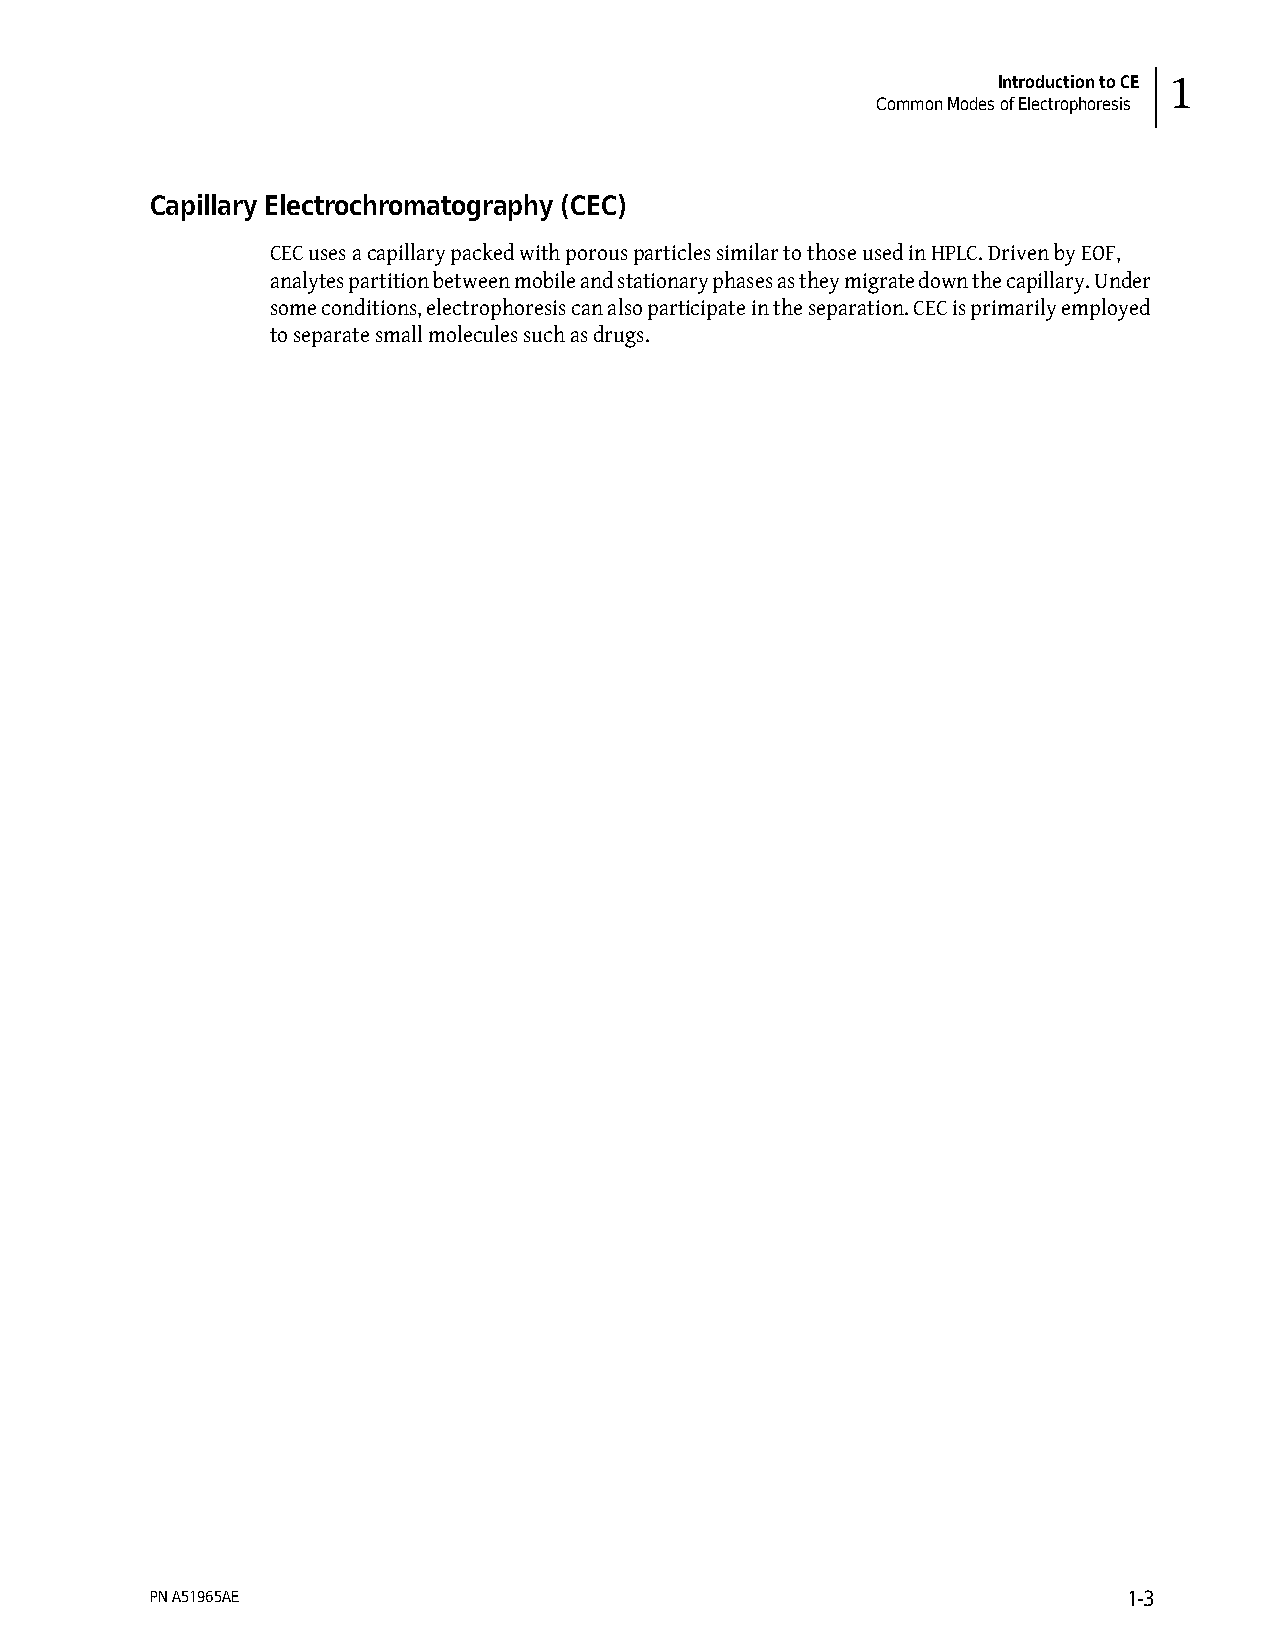
Introduction to CE 1
 Common Modes of Electrophoresis
 Capillary Electrochromatography (CEC)
 CEC uses a capillary packed with porous particles similar to those used in HPLC. Driven by EOF,
 analytes partition between mobile and stationary phases as they migrate down the capillary. Under
 some conditions, electrophoresis can also participate in the separation. CEC is primarily employed
 to separate small molecules such as drugs.
 PN A51965AE                                                      1-3